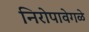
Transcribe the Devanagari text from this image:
निरोपावेगळे